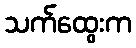
သက်ထွေးက